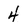
Character: 4